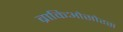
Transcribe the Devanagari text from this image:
ब्राकिओसोरस